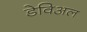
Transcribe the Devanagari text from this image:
डेविअल